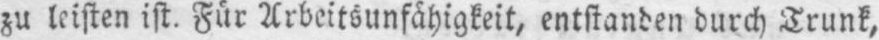
zu leisten ist. Für Arbeitsunfähigkeit, entstanden durch Trunk,